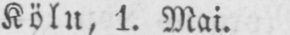
Köln, 1. Mai.